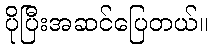
ပိုပြီးအဆင်ပြေတယ်။